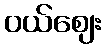
ဝယ်ဈေး